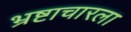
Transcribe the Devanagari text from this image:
भ्रष्टाचारला